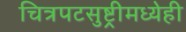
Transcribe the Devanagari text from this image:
चित्रपटसुष्ट्रीमध्येही